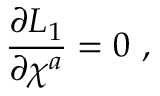
{ \frac { \partial { \cal L } _ { 1 } } { \partial \chi ^ { a } } } = 0 \, \, ,